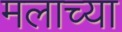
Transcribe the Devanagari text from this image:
मलाच्या